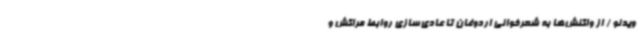
ویدئو / از واکنش‌ها به شعرخوانی اردوغان تا عادی‌سازی روابط مراکش و